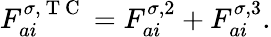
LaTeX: F_{ai}^{\sigma,\mathrm{~T~C~}}=F_{ai}^{\sigma,2}+F_{ai}^{\sigma,3}.